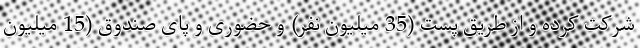
شرکت کرده و از طریق پست (35 میلیون نفر) و حضوری و پای صندوق (15 میلیون